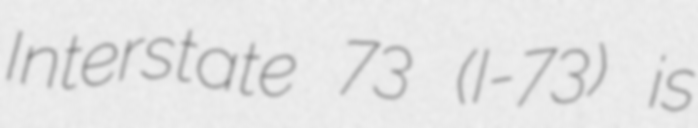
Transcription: Interstate 73 (I-73) is